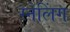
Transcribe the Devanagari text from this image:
स्नेलिंग